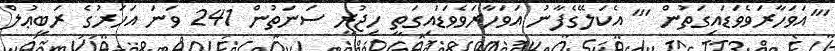
'''އަވަހާރަވެވަޑައިގަތުން ''' އެކަލޭގެފާނު އަވަހާރަވެވަޑައިގަތީ ހިޖުރީ ސަނަތުން 241 ވަނަ އަހަރުގެ ރަބީޢުލް